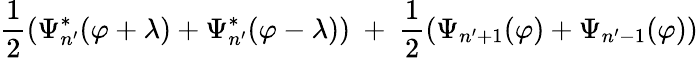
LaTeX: {\frac{1}{2}}(\Psi_{n^{\prime}}^{*}(\varphi+\lambda)+\Psi_{n^{\prime}}^{*}(\varphi-\lambda))\ +\ {\frac{1}{2}}(\Psi_{n^{\prime}+1}(\varphi)+\Psi_{n^{\prime}-1}(\varphi))